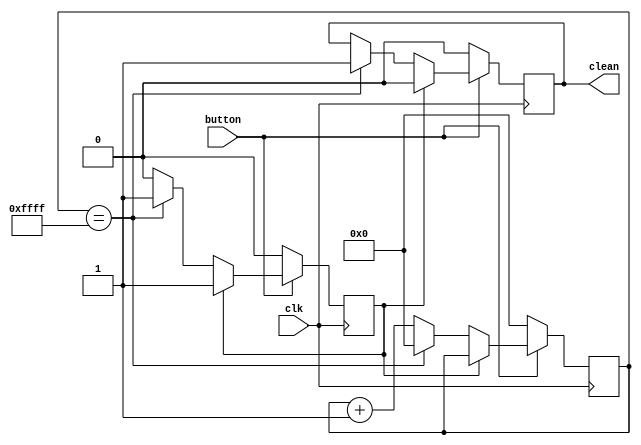
`timescale 1ns / 1ps
//////////////////////////////////////////////////////////////////////////////////
// Company: 
// Engineer: 
// 
// Design Name: 
// Module Name: debouncer
// Project Name: 
// Target Devices: 
// Tool Versions: 
// Description: 
// 
// Dependencies: 
// 
// Revision:
// Revision 0.01 - File Created
// Additional Comments:
// 
//////////////////////////////////////////////////////////////////////////////////


module debouncer(
    output reg clean,
    input button,
    input clk
    );
    
    reg [15:0] deb_count;
    //reg deb_count;
    reg out_exist;
    
    always @(posedge clk) begin
        if(button == 1'b0) begin
            clean <= 1'b0;
            deb_count <= 16'b0000000000000000;
            //deb_count <= 1'b0;
            out_exist <= 1'b0;
        end else begin
            if(out_exist == 1'b1) begin
                clean <= 1'b0;
            end else begin
                if(deb_count == 16'b1111111111111111) begin
                //if(deb_count == 1'b1) begin
                    clean <= 1'b1;
                    deb_count <= 16'b0000000000000000;
                    //deb_count <= 1'b0;
                    out_exist <= 1'b1;
                end else begin
                    deb_count <= deb_count + 1'b1;
                end
            end
        end   
    end
    
endmodule